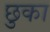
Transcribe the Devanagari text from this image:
छुका